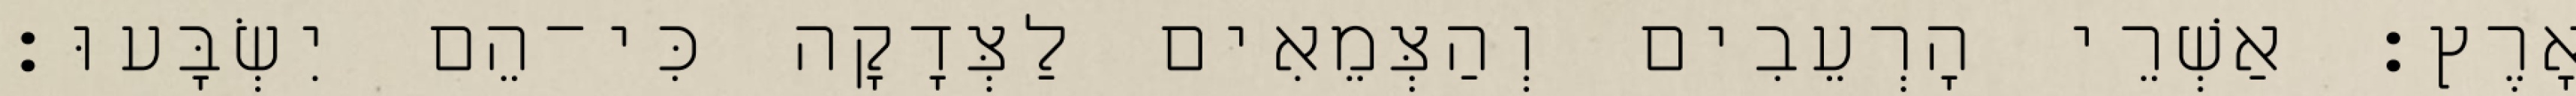
אָרֶץ׃ אַשְׁרֵי הָרְעֵבִים וְהַצְּמֵאִים לַצְּדָקָה כִּי־הֵם יִשְׂבָּעוּ׃